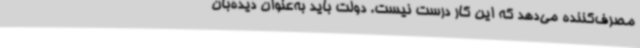
مصرف‌کننده می‌دهد که این کار درست نیست. دولت باید به‌عنوان دیده‌بان